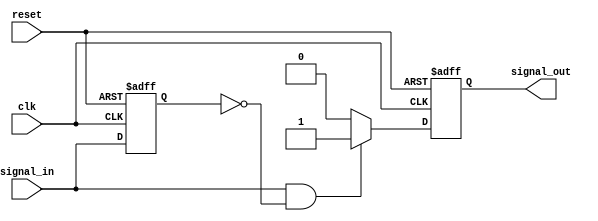
module edge_detector (
    input wire clk,         // Clock signal
    input wire reset,       // Reset signal (active high)
    input wire signal_in,   // Input signal to detect edges
    output reg signal_out    // Output signal indicating edge detection
);

// Internal register to store the previous state of the input signal
reg previous_state;

// Sequential logic to sample the input signal and detect edges
always @(posedge clk or posedge reset) begin
    if (reset) begin
        // Reset condition: clear output and previous state
        signal_out <= 1'b0;
        previous_state <= 1'b0;
    end else begin
        // Edge detection logic
        if (signal_in && !previous_state) begin
            // Rising edge detected
            signal_out <= 1'b1;  // Set output high for one clock cycle
        end else begin
            signal_out <= 1'b0;   // Clear output otherwise
        end
        
        // Update previous state
        previous_state <= signal_in;
    end
end

endmodule